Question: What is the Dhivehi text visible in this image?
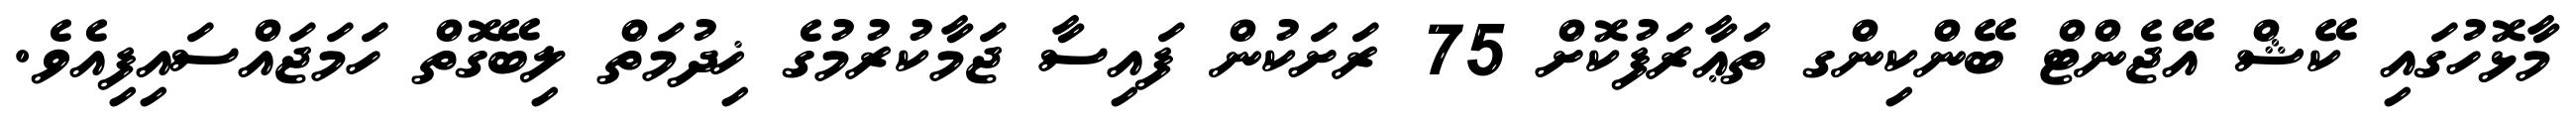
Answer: މާޅޮހުގައި ކޭޝް އޭޖެންޓް ބޭންކިންގ ތަޢާރަފުކޮށް 75 ރަށަކުން ފައިސާ ޖަމާކުރުމުގެ ޚިދުމަތް ލިބޭގޮތް ހަމަޖައްސައިފިއެވެ.